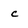
Character: c